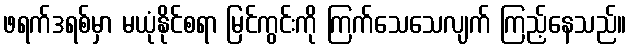
ဖရက်ဒရစ်မှာ မယုံနိုင်စရာ မြင်ကွင်းကို ကြက်သေသေလျက် ကြည့်နေသည်။